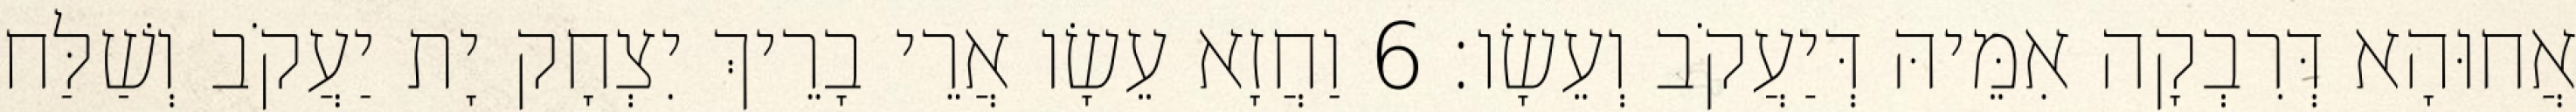
אֲחוּהָא דְּרִבְקָה אִמֵּיהּ דְּיַעֲקֹב וְעֵשָׂו׃ 6 וַחֲזָא עֵשָׂו אֲרֵי בָרֵיךְ יִצְחָק יָת יַעֲקֹב וְשַׁלַּח